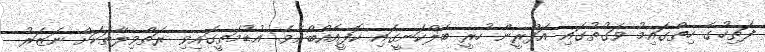
ފަތިހުގެ ހިތްގައިމު ވަގުތުގައި އަފްރީން ހުރީ ބެލްކަނީގައި ކޮފީއެއްބޯށެވެ. އުޑުމަތީގައިވި ރަތްވިލާތަކަށް ނަޒަރު